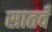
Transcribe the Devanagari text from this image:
सातवँ